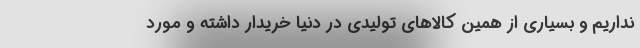
نداریم و بسیاری از همین کالاهای تولیدی در دنیا خریدار داشته و مورد